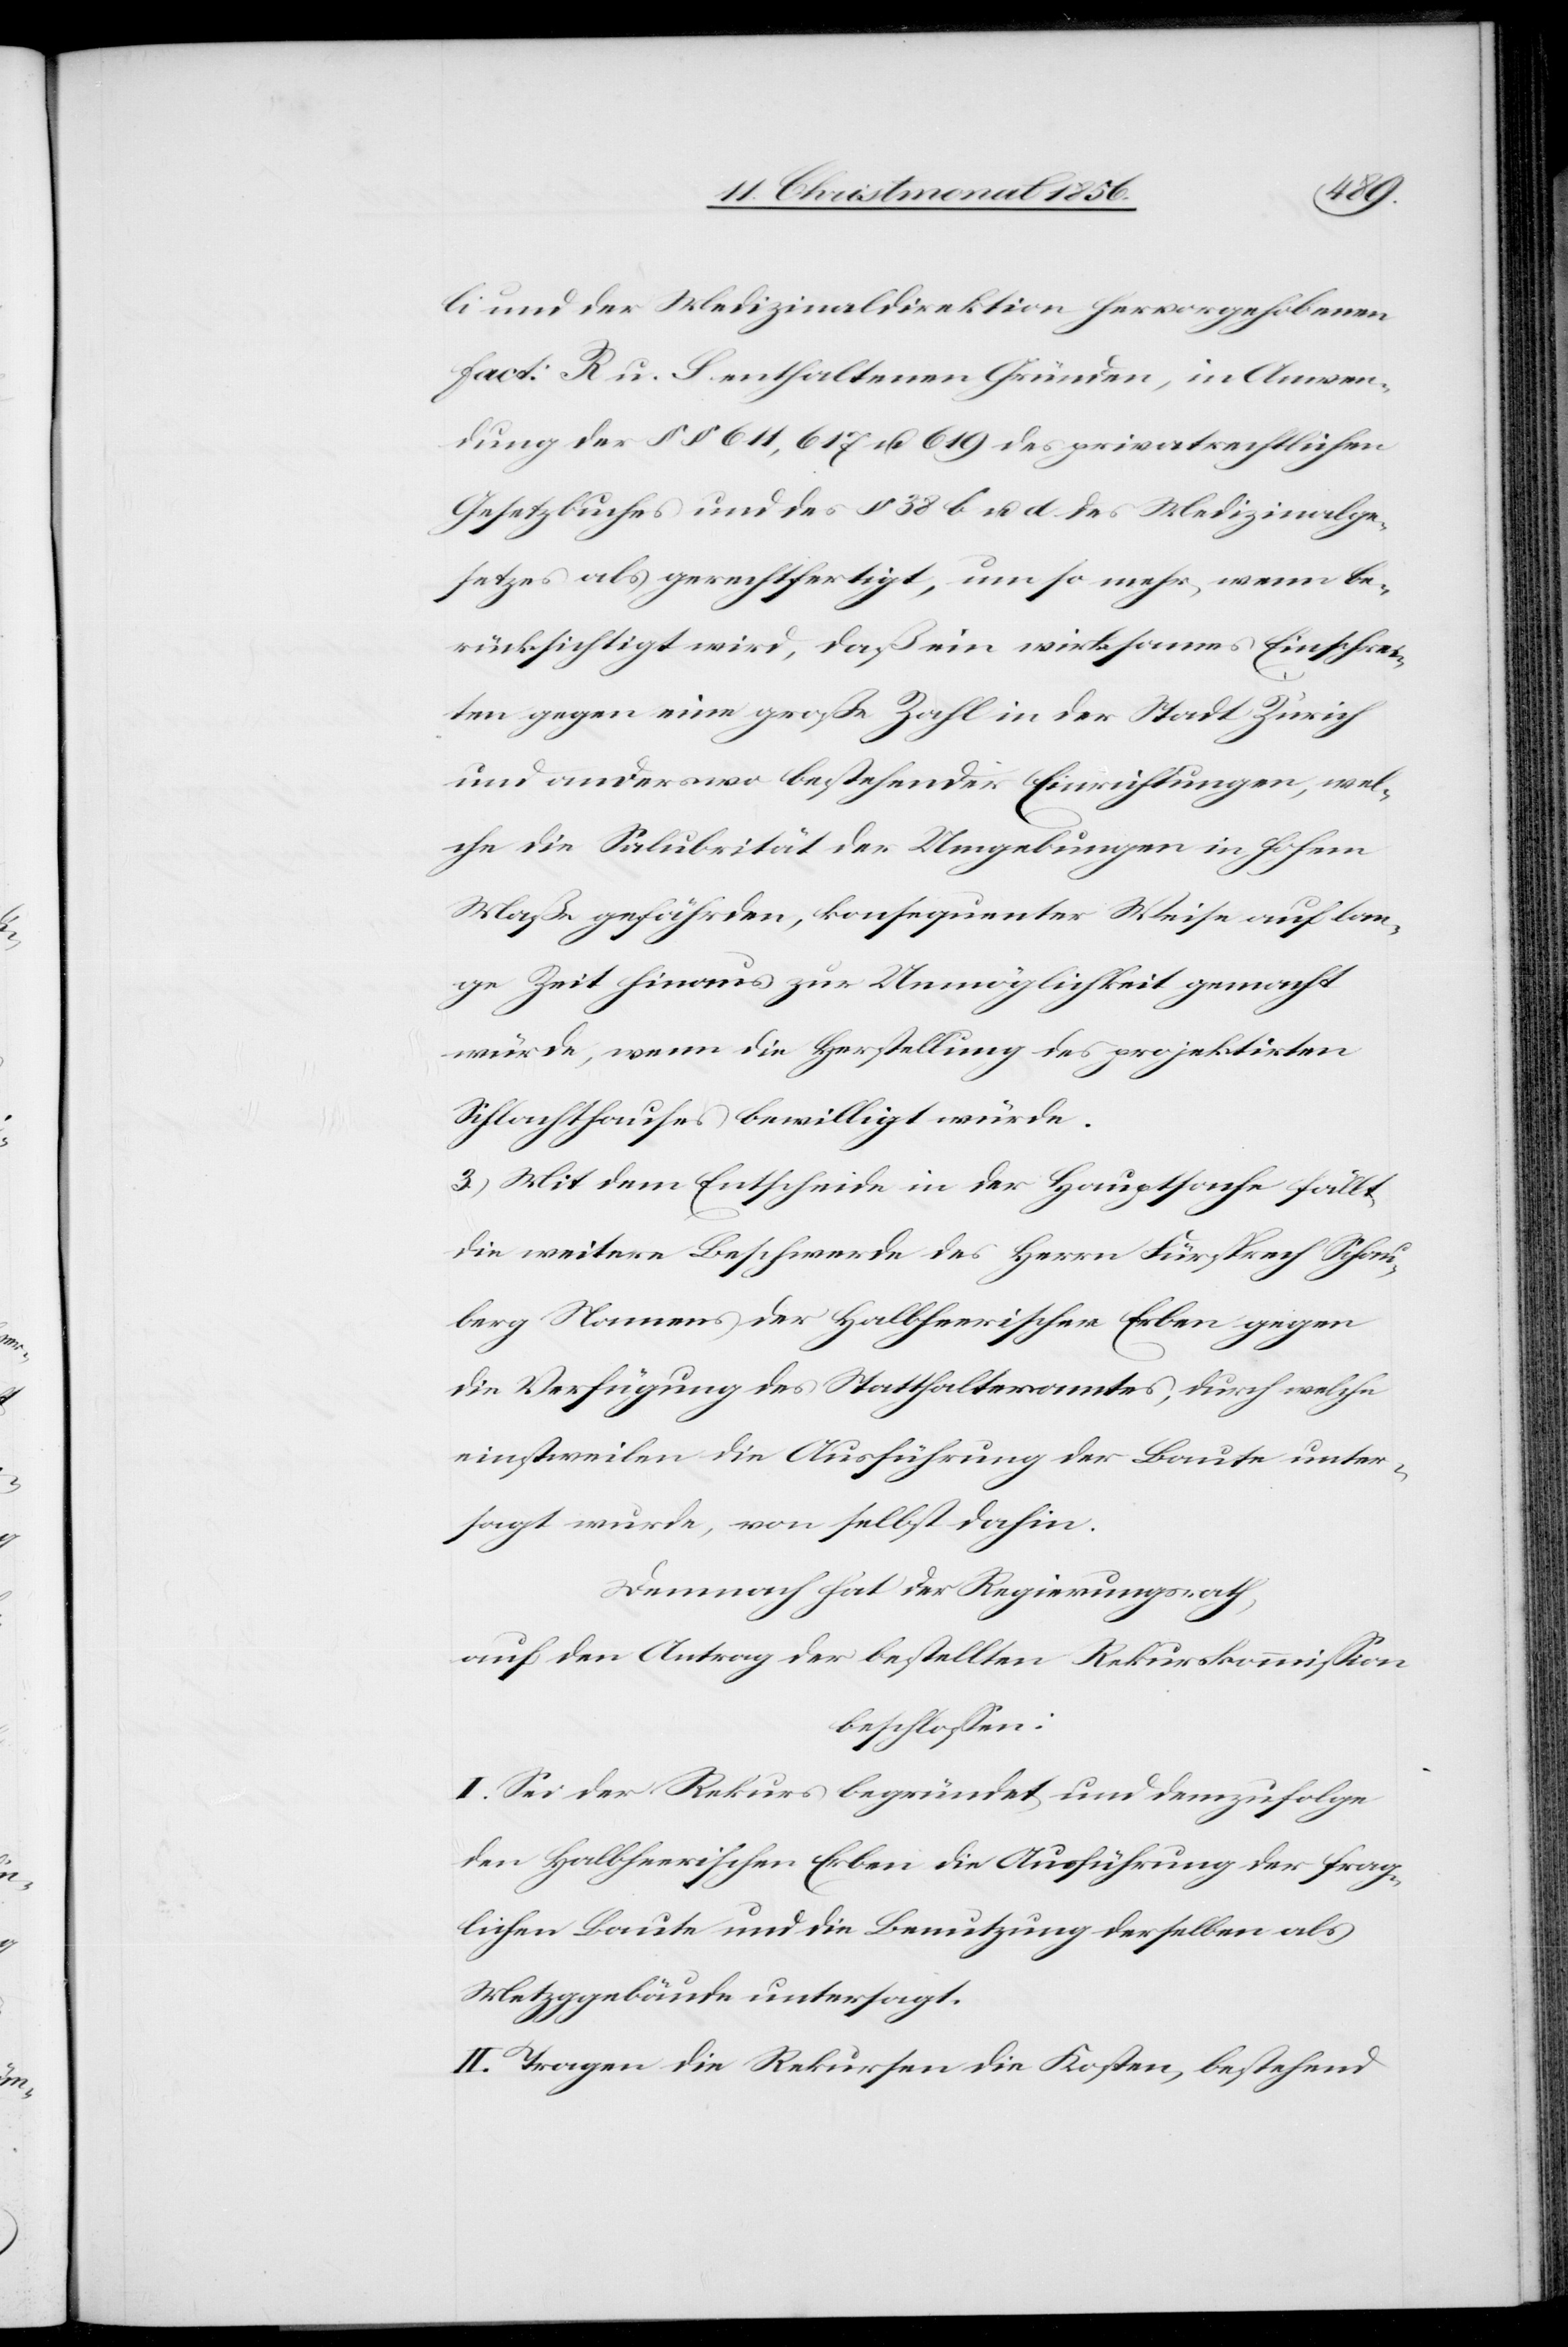
li und der Medizinaldirektion hervorgehobenen
fact: R u. S enthaltenen Gründen, in Anwen¬
dung des §§ 611, 617 u. 619 des privatrechtlichen
Gesetzbuches und des § 38 b u. d des Medizinalge¬
setzes als gerechtfertigt, um so mehr, wenn be¬
rücksichtigt wird, daß ein wirksames Einschrei¬
ten gegen eine große Zahl in der Stadt Zürich
und anderswo bestehender Einrichtungen, wel¬
che die Salubrität der Umgebungen in hohem
Maße gefährden, konsequenter Weise auf lan¬
ge Zeit hinaus zur Unmöglichkeit gemacht
würde, wenn die Herstellung des projektirten
Schlachthauses bewilligt würde.
3.) Mit dem Entscheide in der Hauptsache fällt
die weitere Beschwerde des Herrn Fürsprech Schau¬
berg Namens der Halbheerischen Erben gegen
die Verfügung des Statthalteramtes, durch welche
einstweilen die Ausführung der Baute unter¬
sagt wurde, von selbst dahin.
Demnach hat der Regierungsrath,
auf den Antrag der bestellten Rekurskommission
beschlossen:
I. Sei der Rekurs begründet und demzufolge
den Halbheerischen Erben die Ausführung der frag¬
lichen Baute und die Benutzung derselben als
Metzggebäude untersagt.
II. Tragen die Rekursen die Kosten, bestehend